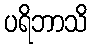
ပရိဘာသိ